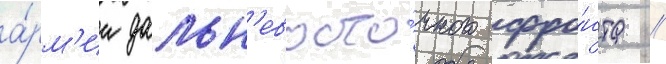
а́рм'ии дальн'евосто́чного фро́нта //